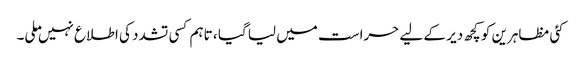
کئی مظاہرین کو کچھ دیر کے لیے حراست میں لیا گیا ، تاہم کسی تشدد کی اطلاع نہیں ملی۔